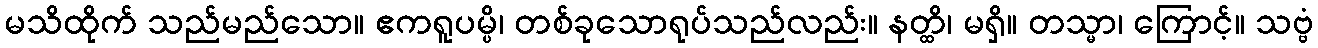
မသိထိုက် သည်မည်သော။ ဧကရူပမ္ပိ၊ တစ်ခုသောရုပ်သည်လည်း။ နတ္ထိ၊ မရှိ။ တသ္မာ၊ ကြောင့်။ သဗ္ဗံ